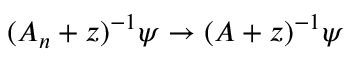
( A _ { n } + z ) ^ { - 1 } \psi \rightarrow ( A + z ) ^ { - 1 } \psi